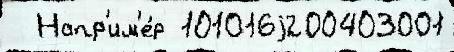
  Напр'им'е́р 101016j200403001